Problem: 18 + 35 = ?
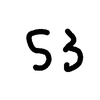
Handwritten answer: 53